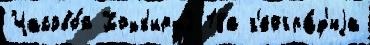
Часово́й Хохк'ирх2 18а г'еогра́ф'иjа